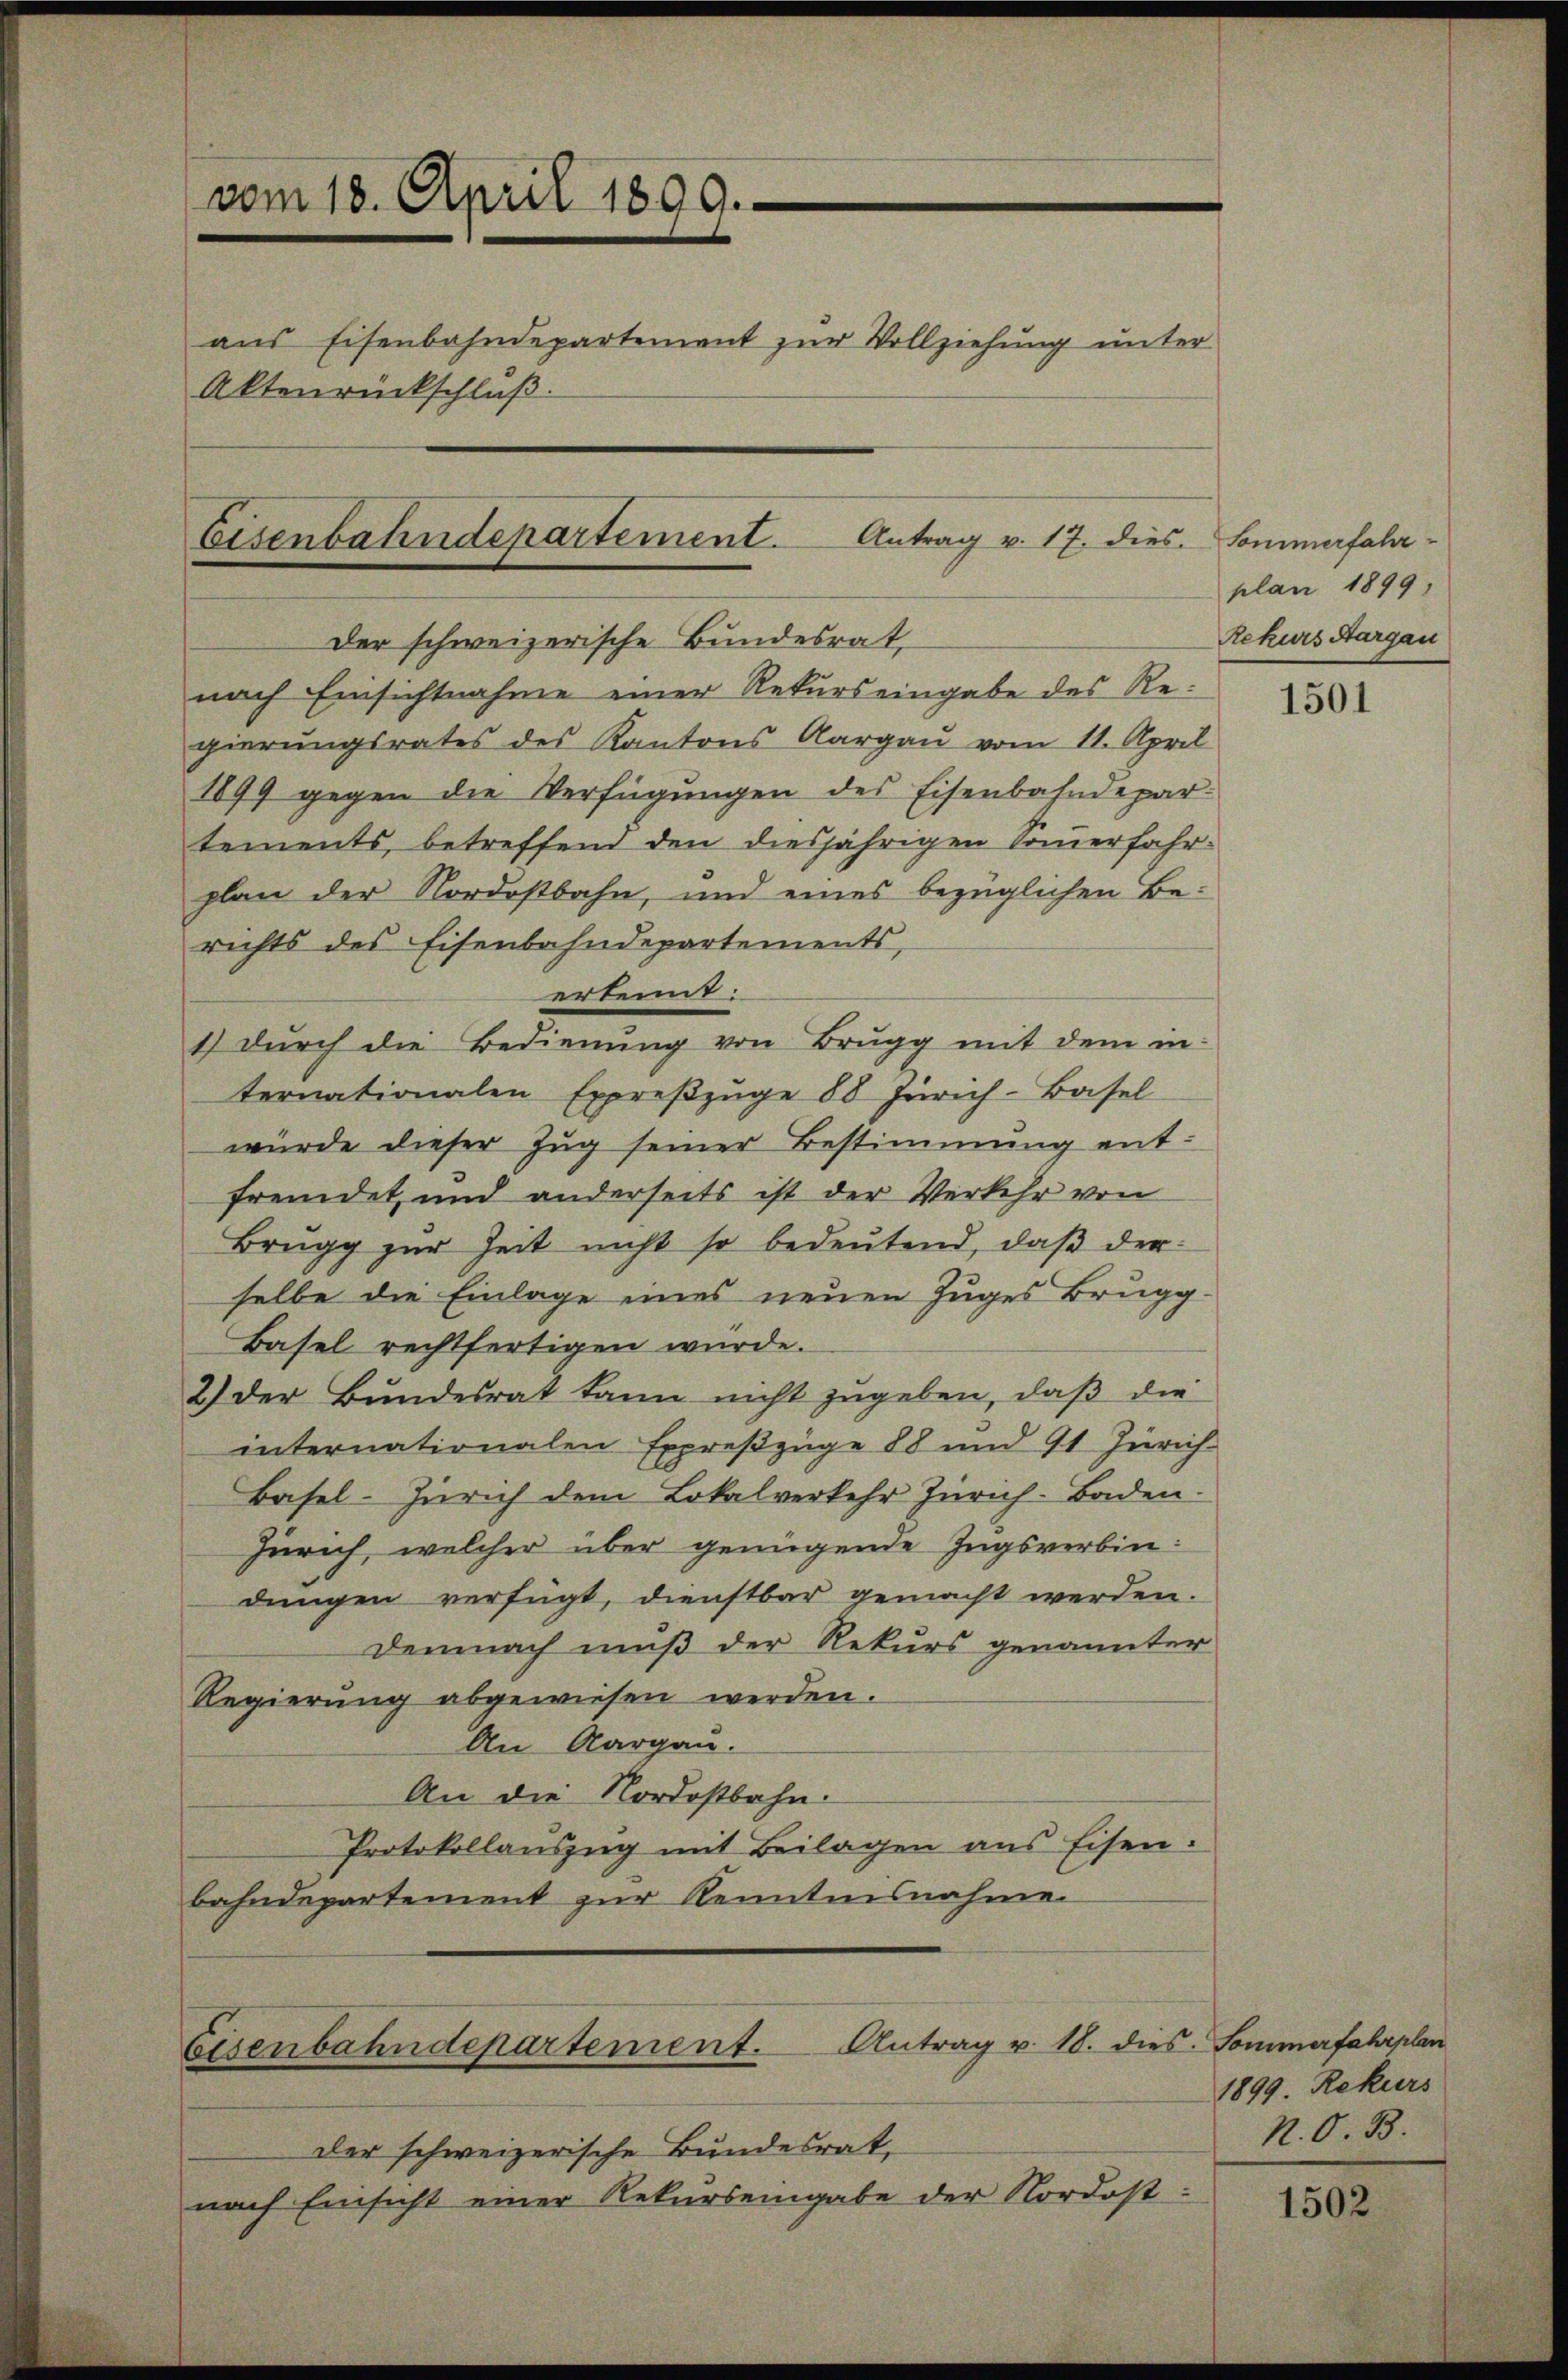
vom 18. April 1899.
aus Eisenbahndepartement zur Vollziehung unter
Aktenrückschluß.
Eisenbahndepartement. Antrag v. 17. dies

Der schweizerische Bundesrat,
gierungsrates des Kantons Aargau vom 11. April
1899 gegen die Verfügungen des Eisenbahndepartements, betreffend den diesjährigen Sommerfahrplan der Nordostbahn, und eines bezüglichen Be-
richts des Eisenbahndepartements,
erkennt:
1) durch die Bedienŭng von Brugg mit dem in-
ternationalen Expreβzŭge 88 Zürich-Basel
würde dieser Zug seiner Bestimmung entfremdet und anderseits ist der Verkehr von
Brügg zŭr Zeit nicht so bedeŭtend, daβ der
selbe die Einlage eines neuen Zuges Brugg.
Basel rechtfertigen wurde.
2.) Der Bundesrat kann nicht zugeben, daß die
internationalen Expreßzüge 88 und 91 Zürich
Basel-Zürich dem Lokalverkehr Zürich-Baden.
Zürich, welcher über genügende Zugsverbindungen verfügt, dienstbar gemacht werden.
Demnach muß der Rekurs genannter
Regierung abgewiesen werden.
An Aargau.
An die Nordostbahn.
Protokollauszug mit Beilagen aus Eisen.
bahndepartement zur Kenntnisnahme

nach Einsichtnahme einer Rekurs eingabe des Re¬

Eisenbahndepartement. Antrag u. 18. dies Sommerfahrplan

der schweizerische Bundesrat,
nach Einsicht einer Rekurs eingabe der Nordost¬

Sommerfahr
plan 1899,
Rekurs Aargau

1501

1899. Rekurs
N. O. B.

1502